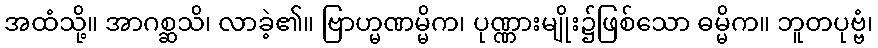
အထံသို့။ အာဂစ္ဆသိ၊ လာခဲ့၏။ ဗြာဟ္မဏမ္မိက၊ ပုဏ္ဏားမျိုး၌ဖြစ်သော ဓမ္မိက။ ဘူတပုဗ္ဗံ၊